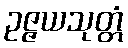
ဥဇ္ဇယသုတ္တံ